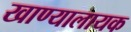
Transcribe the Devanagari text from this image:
खाण्यालायक